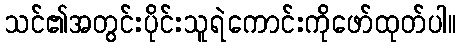
သင်၏အတွင်းပိုင်းသူရဲကောင်းကိုဖော်ထုတ်ပါ။